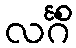
လင်္ဂိံ